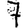
Digit: 7